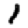
Digit: 1